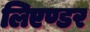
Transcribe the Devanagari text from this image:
लिएण्डर